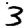
Digit: 3